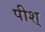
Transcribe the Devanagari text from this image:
पीश्